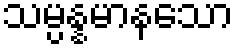
သမ္ပန္နမာနသော